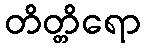
တိတ္တိရော